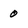
Character: 0